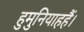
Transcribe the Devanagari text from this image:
हुमुनियाहहैं।